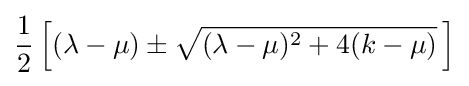
{\frac {1}{2}}\left[(\lambda -\mu )\pm {\sqrt {(\lambda -\mu )^{2}+4(k-\mu )}}\,\right]